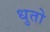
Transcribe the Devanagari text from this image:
धुतो